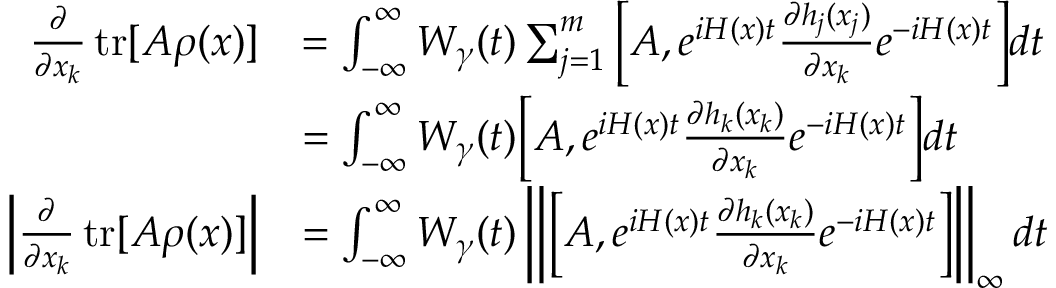
\begin{array} { r l } { \frac { \partial } { \partial x _ { k } } \operatorname { t r } [ A \rho ( x ) ] } & { = \int _ { - \infty } ^ { \infty } W _ { \gamma } ( t ) \sum _ { j = 1 } ^ { m } \bigg [ A , e ^ { i H ( x ) t } \frac { \partial h _ { j } ( x _ { j } ) } { \partial x _ { k } } e ^ { - i H ( x ) t } \bigg ] d t } \\ & { = \int _ { - \infty } ^ { \infty } W _ { \gamma } ( t ) \bigg [ A , e ^ { i H ( x ) t } \frac { \partial h _ { k } ( x _ { k } ) } { \partial x _ { k } } e ^ { - i H ( x ) t } \bigg ] d t } \\ { \left| \frac { \partial } { \partial x _ { k } } \operatorname { t r } [ A \rho ( x ) ] \right| } & { = \int _ { - \infty } ^ { \infty } W _ { \gamma } ( t ) \left\lVert \bigg [ A , e ^ { i H ( x ) t } \frac { \partial h _ { k } ( x _ { k } ) } { \partial x _ { k } } e ^ { - i H ( x ) t } \bigg ] \right\rVert _ { \infty } d t } \end{array}